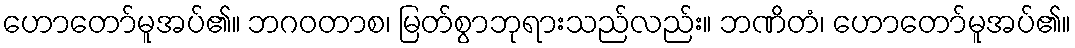
ဟောတော်မူအပ်၏။ ဘဂဝတာစ၊ မြတ်စွာဘုရားသည်လည်း။ ဘဏိတံ၊ ဟောတော်မူအပ်၏။